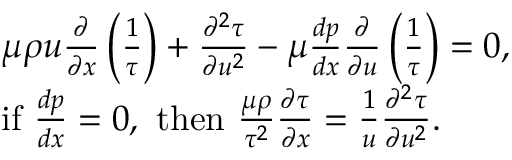
{ \begin{array} { r l } & { \mu \rho u { \frac { \partial } { \partial x } } \left( { \frac { 1 } { \tau } } \right) + { \frac { \partial ^ { 2 } \tau } { \partial u ^ { 2 } } } - \mu { \frac { d p } { d x } } { \frac { \partial } { \partial u } } \left( { \frac { 1 } { \tau } } \right) = 0 , } \\ & { { \mathrm { i f ~ } } { \frac { d p } { d x } } = 0 , { \mathrm { ~ t h e n ~ } } { \frac { \mu \rho } { \tau ^ { 2 } } } { \frac { \partial \tau } { \partial x } } = { \frac { 1 } { u } } { \frac { \partial ^ { 2 } \tau } { \partial u ^ { 2 } } } . } \end{array} }